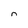
Character: n